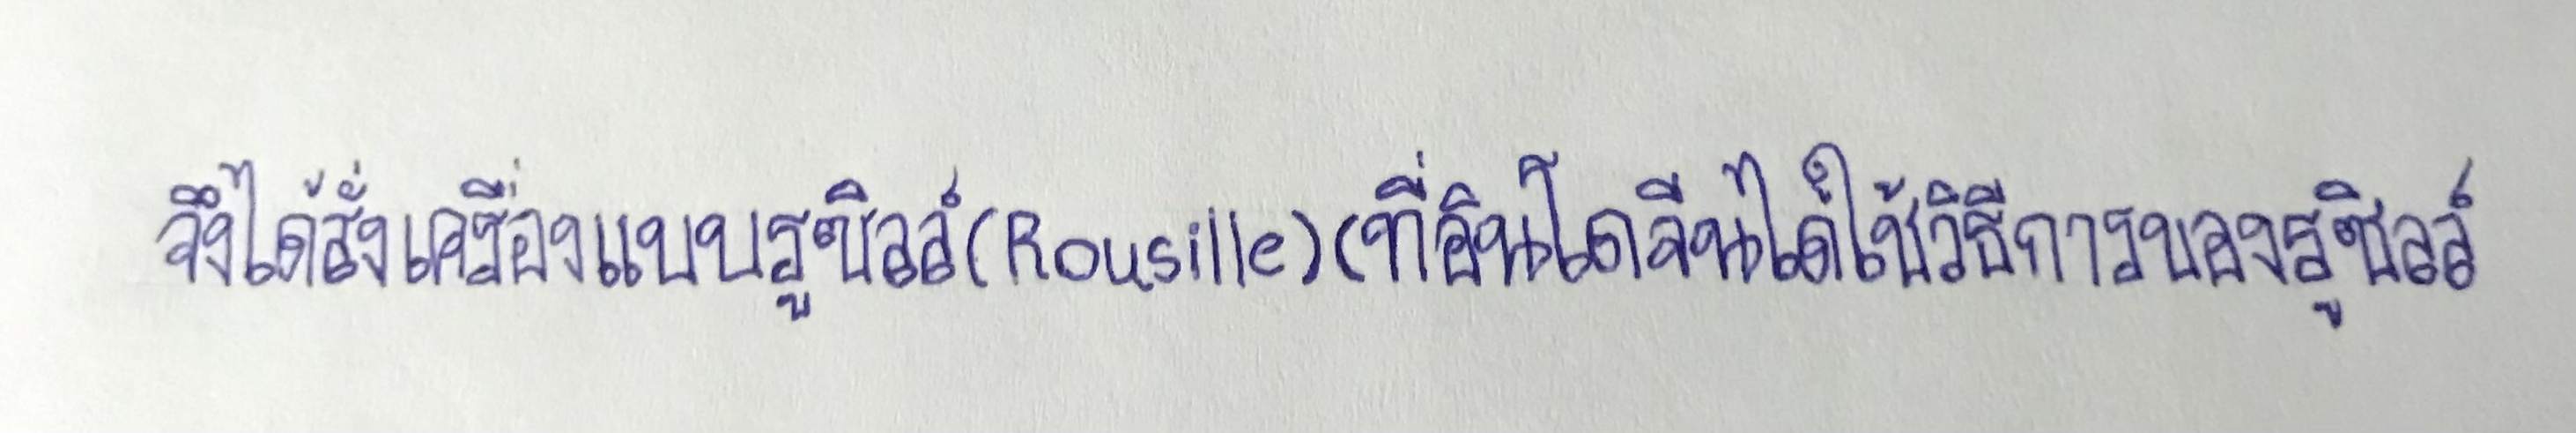
จึงได้สั่งเครื่องแบบรูซิลล์(Rousille)(ที่อินโดจีนได้ใช้วิธีการของรูซิลล์